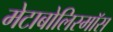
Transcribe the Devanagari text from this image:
मेटाबोलिस्मॉस